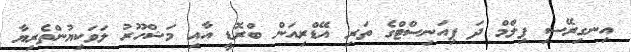
އިނގިރޭސި ފިލްމް ދަ ޕިއަނިސްޓްގެ ތަރި އޭޑްރިއަން ބްރޮޑީ އާއި މަޝްހޫރު ލަވަކިޔުންތެރިޔާ